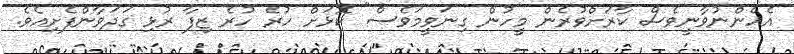
އެހެންނުވާނީވެސް ކާރަށްވުރެން މީހުން ގިނަވީމަވެސް" ކޮޅަށް ހުރެ ހުރެ ޒިފާ ރުޅި ގަދަވާންފެށިއެވެ.